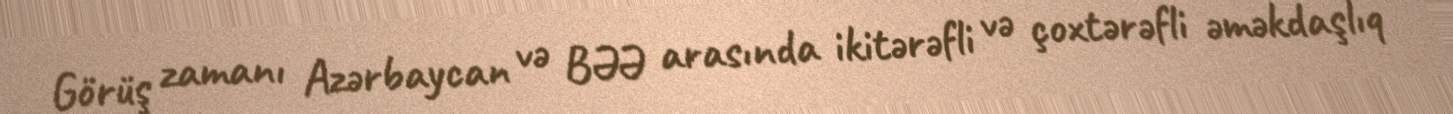
Görüş zamanı Azərbaycan və BƏƏ arasında ikitərəfli və çoxtərəfli əməkdaşlıq